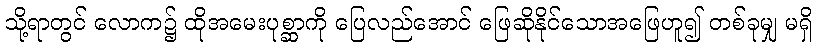
သို့ရာတွင် လောက၌ ထိုအမေးပုစ္ဆာကို ပြေလည်အောင် ဖြေဆိုနိုင်သောအဖြေဟူ၍ တစ်ခုမျှ မရှိ